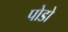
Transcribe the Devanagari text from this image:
पोडो